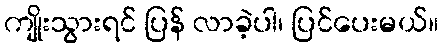
ကျိုးသွားရင် ပြန် လာခဲ့ပါ၊ ပြင်ပေးမယ်။